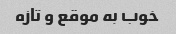
خوب به موقع و تازه